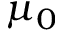
\mu _ { 0 }